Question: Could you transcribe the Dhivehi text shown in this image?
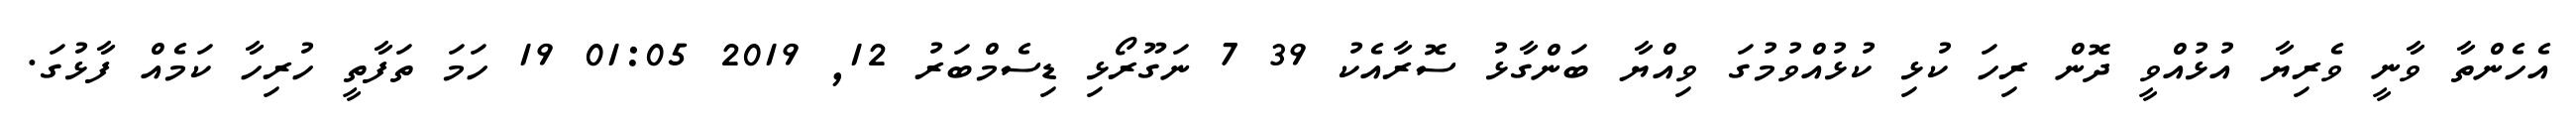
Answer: އެހެންތާ ވާނީ ވެރިޔާ އުޅުއްވީ ދޮން ރިހަ ކުޅި ކުޅުއްވުމުގަ ވިއްޔާ ބަންގާޅު ސޮރާއެކު 39 7 ނަގޫރޯޅި ޑިސެމްބަރު 12, 2019 01:05 19 ހަމަ ތަފާތީ ހުރިހާ ކަމެއް ފާޅުގަ.